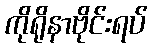
ကိုရိုနာဗိုင်းရပ်